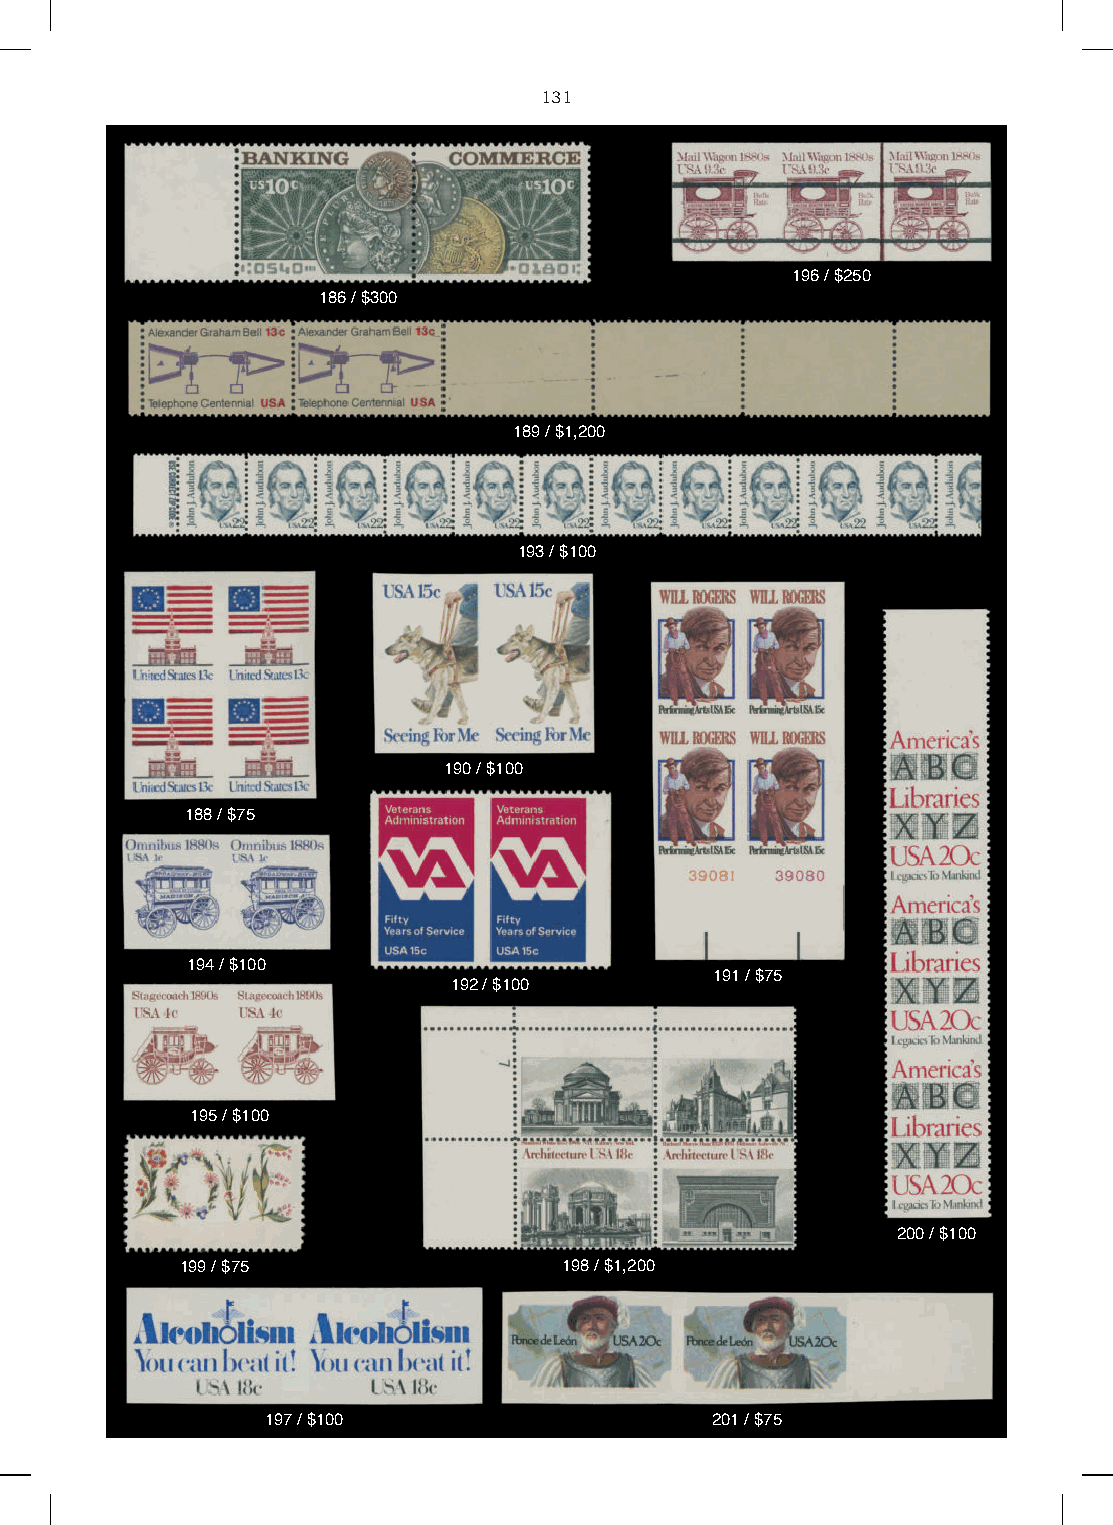
131
 196 / $250
 186 / $300
 189 / $1,200
 193 / $100
 190 / $100
 188 / $75
 194 / $100
 191 / $75
 192 / $100
 195 / $100
 200 / $100
 199 / $75                198 / $1,200
 197 / $100                   201 / $75